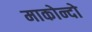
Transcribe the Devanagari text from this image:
माकोन्दो